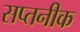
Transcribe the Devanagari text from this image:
सप्तनीक